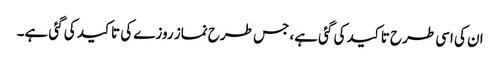
ان کی اسی طرح تاکید کی گئی ہے، جس طرح نماز روزے کی تاکید کی گئی ہے۔